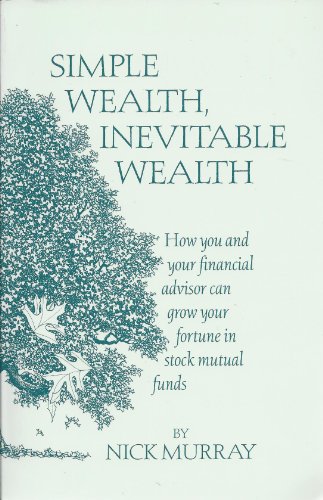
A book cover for Simple Wealth, Inevitable Wealth: How You and Your Financial Advisor Can Grow Your Fortune in Stock Mutual Funds; Nick Murray; Business & Money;